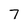
Character: 7